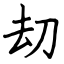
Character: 刧